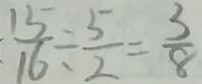
\frac { 1 5 } { 1 6 } \div \frac { 5 } { 2 } = \frac { 3 } { 8 }